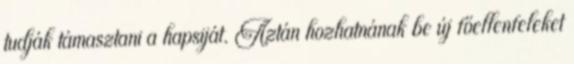
tudják támasztani a hapsiját. Aztán hozhatnának be új főellenfeleket